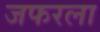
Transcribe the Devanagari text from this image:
जफरला